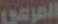
المرعي